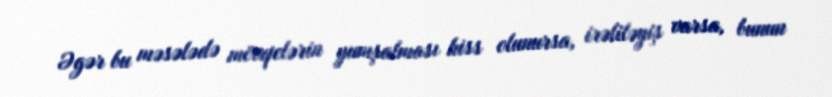
Əgər bu məsələdə mövqelərin yumşalması hiss olunursa, irəliləyiş varsa, bunun